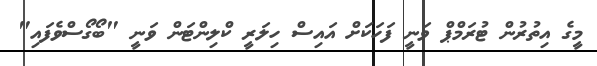
މީގެ އިތުރުން ޓުރަމްޕް ވަނީ ފަހަކަށް އައިސް ހިލަރީ ކްލިންޓަން ވަނީ "ބޯގޯސްވެފައި"